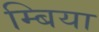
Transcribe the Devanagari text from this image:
म्बिया